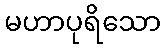
မဟာပုရိသော